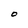
Character: O